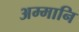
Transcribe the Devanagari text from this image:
अम्मानि